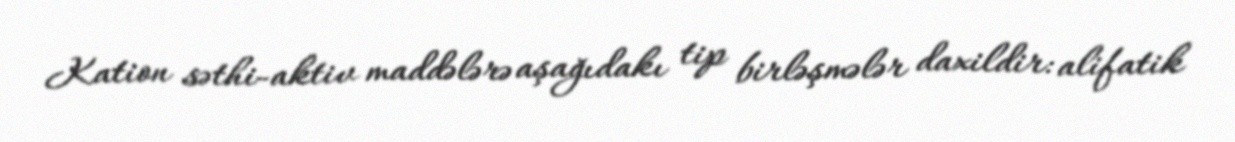
Kation səthi-aktiv maddələrə aşağıdakı tip birləşmələr daxildir: alifatik